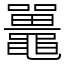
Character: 鼉